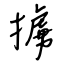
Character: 擄